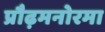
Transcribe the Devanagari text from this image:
प्रौढ़मनोरमा